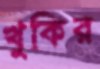
খুকির